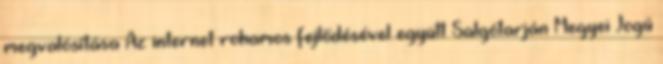
megvalósítása Az internet rohamos fejlődésével együtt Salgótarján Megyei Jogú